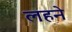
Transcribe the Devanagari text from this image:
लहने